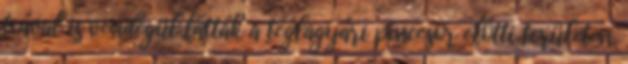
teával is vendégül látták a téglagyári pincesor előtti területen.